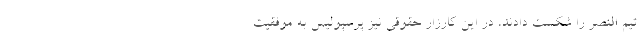
تیم النصر را شکست دادند، در این کارزار حقوقی نیز پرسپولیس به موفقیت